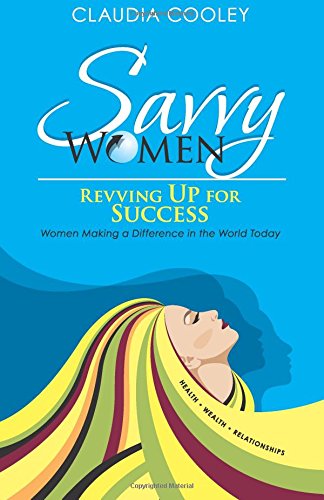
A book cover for Savvy Women Revving Up for Success: Women Making a Difference in the World Today; Claudia Cooley; Business & Money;